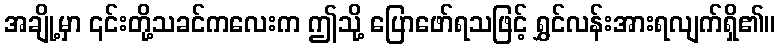
အချို့မှာ ၎င်းတို့သခင်ကလေးက ဤသို့ ပြောဖော်ရသဖြင့် ရွှင်လန်းအားရလျက်ရှိ၏။